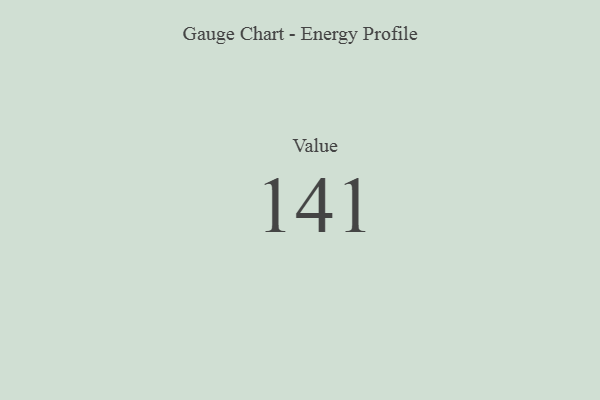
{"axis": {"x": "Metric", "y": "Value"}, "legend": [""], "data": [{"x": "Value", "y": 141, "type": ""}]}